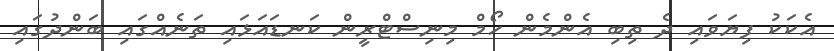
އެކަކު ފިޔަވައި ދެ ތިބި އެންމެން ހޯމް މިނިސްޓްރީން ކަނޑައަޅައި ތަނެއްގައި ބަންދުގައި